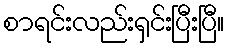
စာရင်းလည်းရှင်းပြီးပြီ။